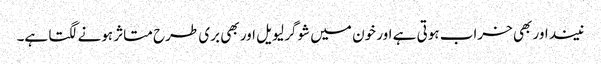
نیند اور بھی خراب ہوتی ہے اور خون میں شوگر لیویل اور بھی بری طرح متاثر ہونے لگتا ہے۔